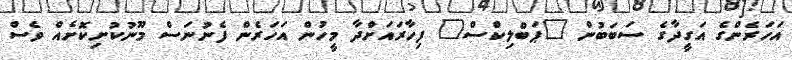
އަހަރެންގެ އަގީދާގެ ސަބަބުން "ޕަބްލިކްސް" ފިހާރައަށްދާ މީހުން އަހަރެން ފެނުނަސް މޫނުކުށިކޮށެއް ވެސް